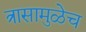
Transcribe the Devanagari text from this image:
त्रासामुळेच